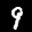
Label: 9